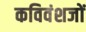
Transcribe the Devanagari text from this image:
कविवंशजों